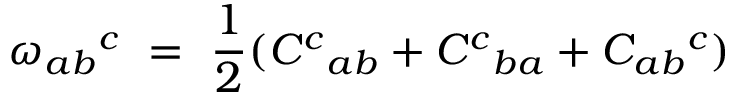
\omega _ { a b } { } ^ { c } \ = \ \frac 1 2 ( C ^ { c } { } _ { a b } + C ^ { c } { } _ { b a } + C _ { a b } { } ^ { c } )